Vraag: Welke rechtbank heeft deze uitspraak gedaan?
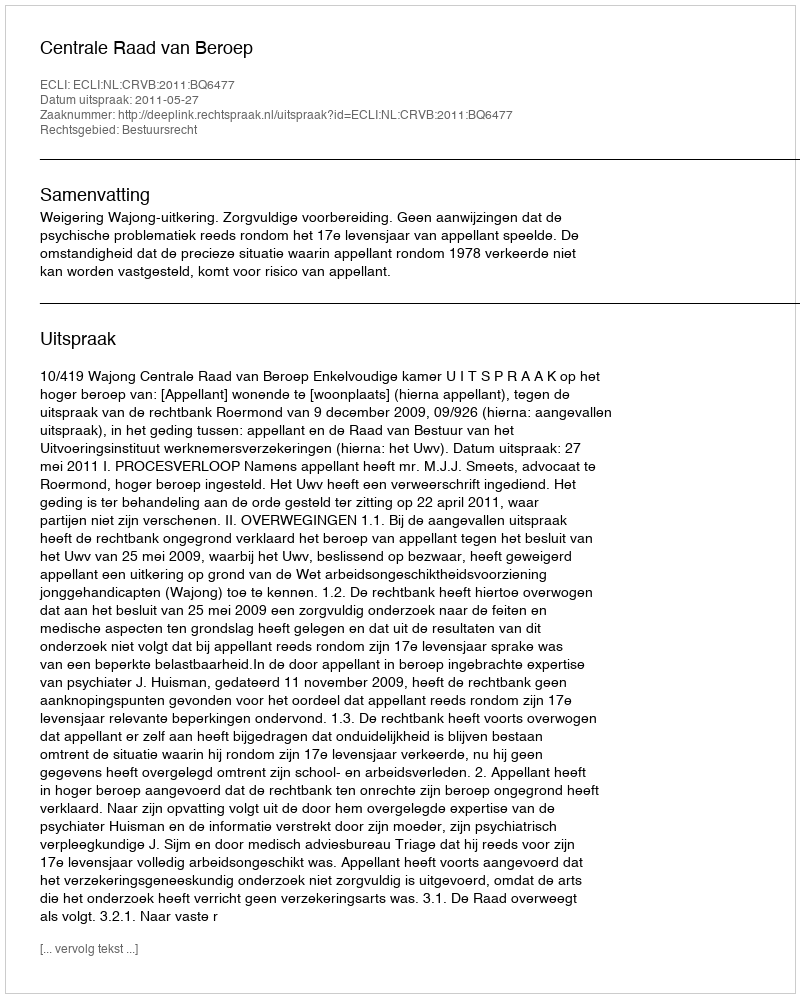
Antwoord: Centrale Raad van Beroep